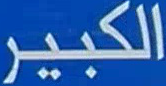
الكبير